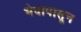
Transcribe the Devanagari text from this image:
भेदापासून